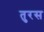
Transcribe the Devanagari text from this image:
तुरस